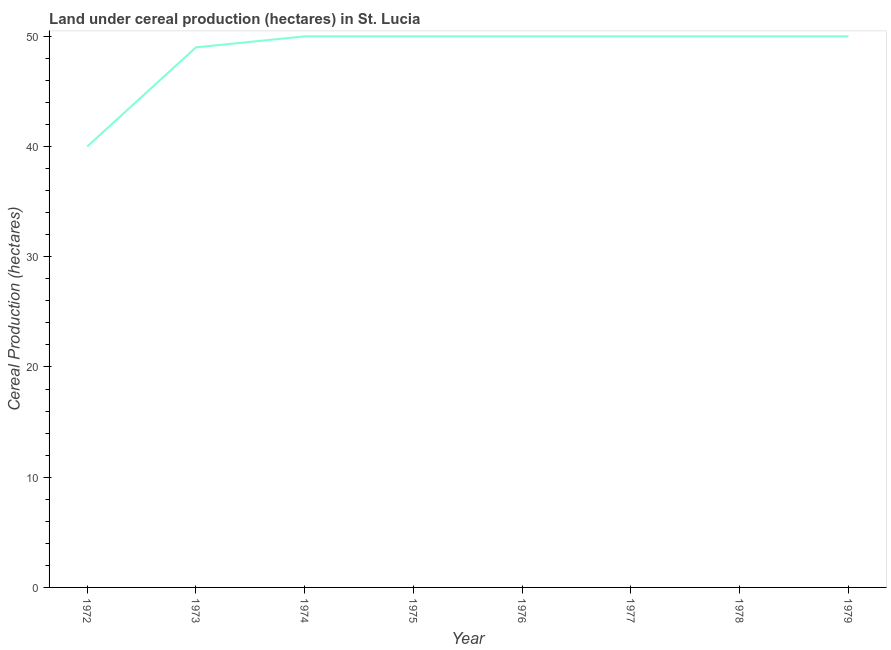
| Year | Land under cereal production (hectares) |
 | --- | --- |
 | 1972 | 40 |
 | 1973 | 49 |
 | 1974 | 50 |
 | 1975 | 50 |
 | 1976 | 50 |
 | 1977 | 50 |
 | 1978 | 50 |
 | 1979 | 50 |